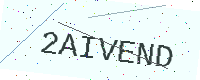
Text: 2AIVEND